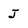
Character: J